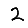
Digit: 2